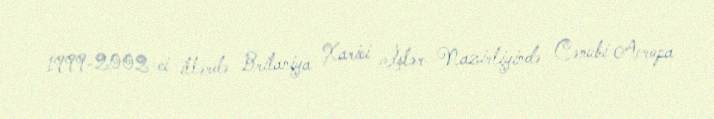
1999-2002-ci illərdə Britaniya Xarici İşlər Nazirliyində Cənubi Avropa